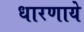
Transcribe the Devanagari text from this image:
धारणाये